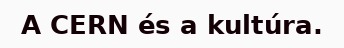
A CERN és a kultúra.